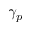
\gamma _ { p }